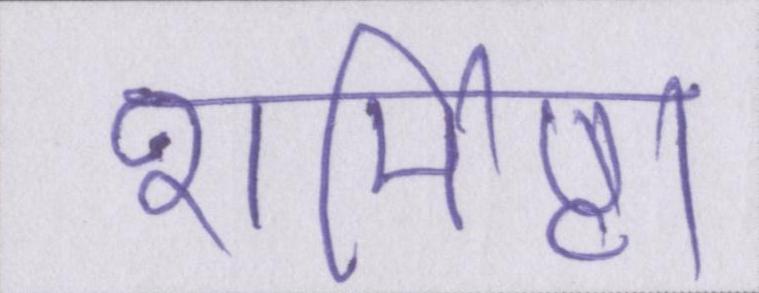
शर्मिष्ठा